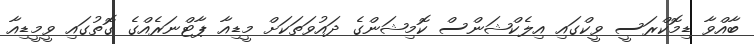
ބާއްވާ ޑިމޮކްރަސީ ވީކްގައި އިލެކްޝަންސް ކޮމިޝަންގެ ދައުވަތަކަށް މީޑިއާ ޕާޓްނަރެއްގެ ގޮތުގައި ވީމީޑިއާ